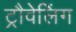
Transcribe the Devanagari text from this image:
ट्रौवेलिंग